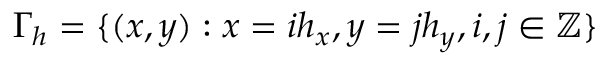
\Gamma _ { h } = \{ ( x , y ) : x = i h _ { x } , y = j h _ { y } , i , j \in \mathbb { Z } \}